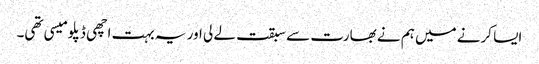
ایسا کرنے میں ہم نے بھارت سے سبقت لے لی اور یہ بہت اچھی ڈپلومیسی تھی۔